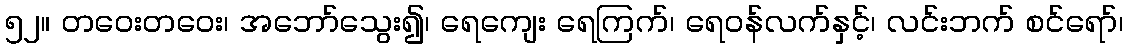
၅၂။ တဝေးတဝေး၊ အဘော်သွေး၍၊ ရေကျေး ရေကြက်၊ ရေဝန်လက်နှင့်၊ လင်းဘက် စင်ရော်၊